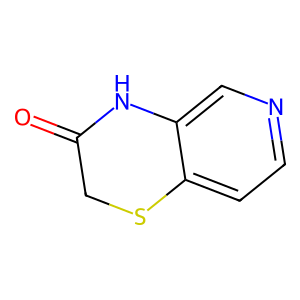
SMILES: O=C1CSc2ccncc2N1
Inhibits HIV replication: No